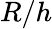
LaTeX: R/h